V__Kingissepa_nim__kolhoos, lk 27
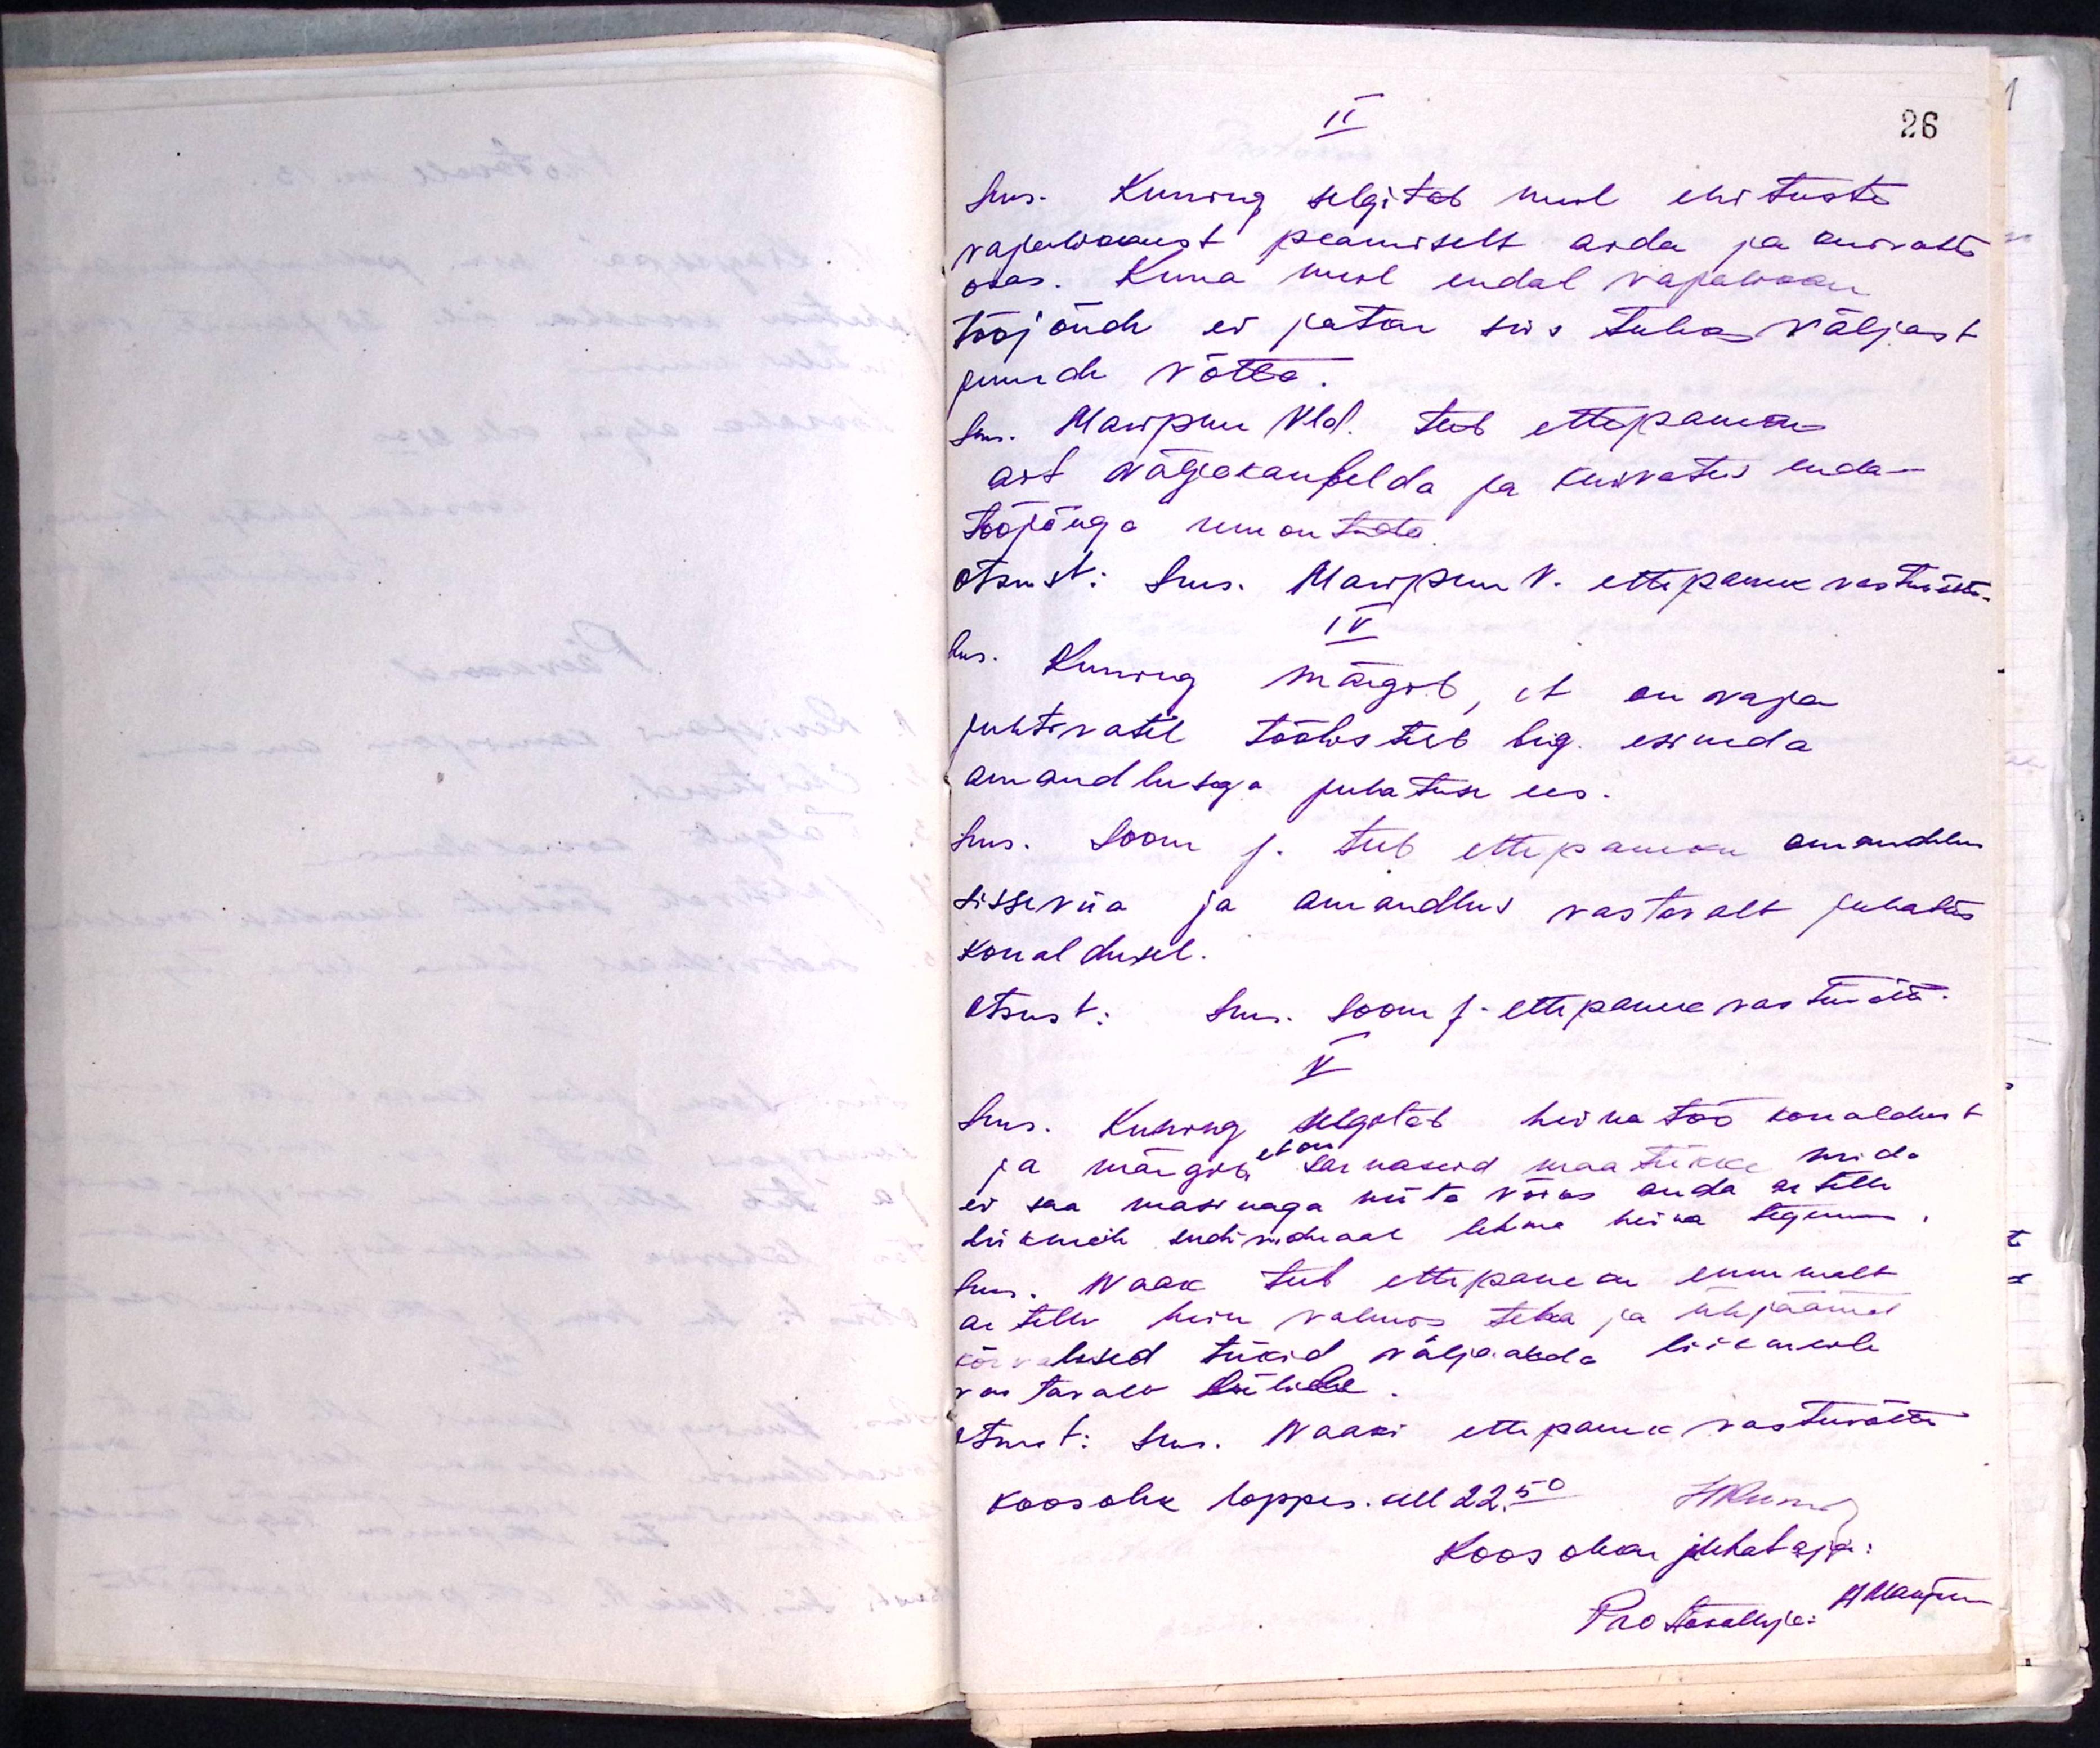
II
Sms. Kuning selgitab need ehituste
vahedamist peamiselt anda ja kuivalt
osas. Kuna need endal vajavaad
tööjõudu ei jatan siis tuleks väljast
juurde võtta
Sm. Maripuu Vld. teeb ettepaneku
aks väljakaubelda ja kuivatus enda-
tööjõuga mu on teda
otsust: Sms. Maripuu V. ettepanek vastuvõtta
IV
Sms. Kuning märgib, et on vaja
juhtivatel töölistel brig. esineda
aruandlustega juhatuse ees.
Sms. Soom J. teeb ettepaneku aruandlus
sisse viia ja aruandlus vastavalt juhatus-
korraldusel.
otsust: Sm. Soom J. ettepanek vastuvõtta
V
Sms. Kuning selgitab heinatöö korraldust
ja märgib sarnaseid maatükke mida
ei saa masinaga niita võiks anda artelli
liikmeile individuaal lehma heina tegem.
Sm. Naak teeb ettepanek ennemalt
artelli hein valmis teha ja ülejäänud
kõrvalised tükid väljaanda liikmeile
vastavalt lülidele
Otsust: Sms. Naaki ettepanek vastuvõetud
Koosolek lõppes. kell 22.50
Hkuni
koosoleku juhataja:
Protokollija:
Allaapu